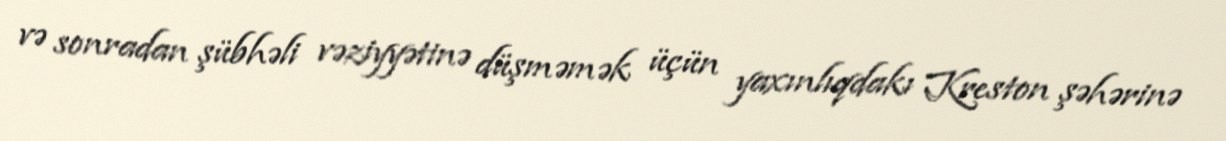
və sonradan şübhəli vəziyyətinə düşməmək üçün yaxınlıqdakı Kreston şəhərinə